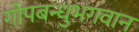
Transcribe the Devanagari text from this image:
गोपबन्धुभगवान